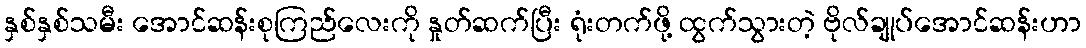
နှစ်နှစ်သမီး အောင်ဆန်းစုကြည်လေးကို နှုတ်ဆက်ပြီး ရုံးတက်ဖို့ ထွက်သွားတဲ့ ဗိုလ်ချုပ်အောင်ဆန်းဟာ